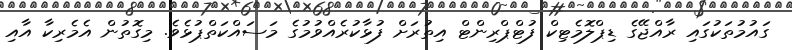
ގައުމުތަކުގައި ރާއްޖޭގެ ޑިޕްލޮމެޓިކް ފުޓްޕްރިންޓް އިތުރަށް ފުޅާކުރެއްވުމުގެ މަސައްކަތްޕުޅެވެ. މިގޮތުން އެމެރިކާ އާއި